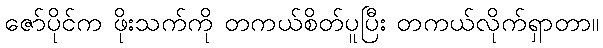
ဇော်ပိုင်က ဖိုးသက်ကို တကယ်စိတ်ပူပြီး တကယ်လိုက်ရှာတာ။